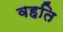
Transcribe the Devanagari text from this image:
वहति